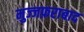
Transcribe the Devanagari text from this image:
मुज्जफ़राबाद